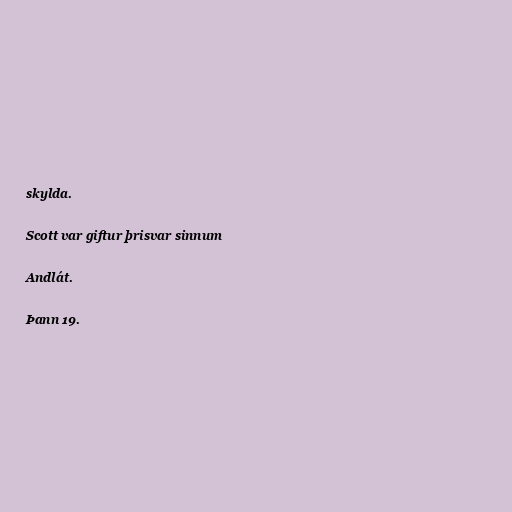
skylda.

Scott var giftur þrisvar sinnum

Andlát.

Þann 19.